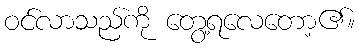
ဝင်လာသည်ကို တွေ့ရလေတော့၏။